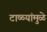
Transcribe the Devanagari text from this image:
टाळ्यांमुळे